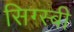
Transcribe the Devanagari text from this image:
सिग्स्बी